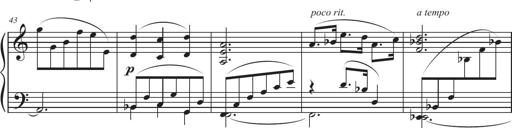
Title: Sonatina in D major
Composer: Shota Saitoh
Key: D major